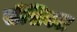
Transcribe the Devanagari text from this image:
सेंसिबल